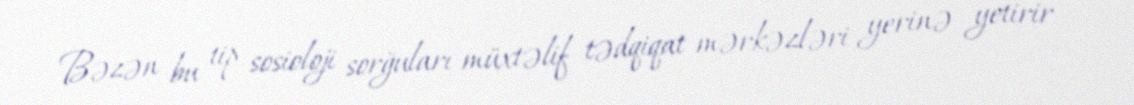
Bəzən bu tip sosioloji sorğuları müxtəlif tədqiqat mərkəzləri yerinə yetirir